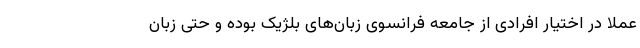
عملا در اختیار افرادی از جامعه فرانسوی زبان‌های بلژیک بوده و حتی زبان